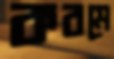
করমে